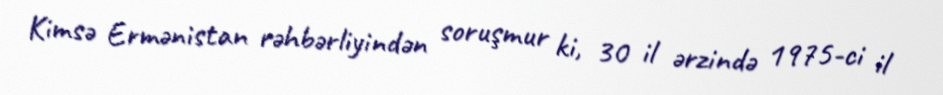
Kimsə Ermənistan rəhbərliyindən soruşmur ki, 30 il ərzində 1975-ci il